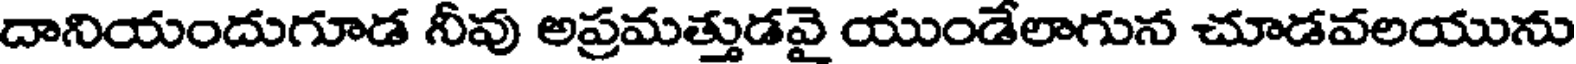
దానియందుగూడ నీవు అప్రమత్తుడవై యుండేలాగున చూడవలయును